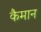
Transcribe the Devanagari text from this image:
कैमान